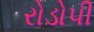
રોડોપી